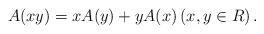
LaTeX: \begin{align*} A(xy)=xA(y)+yA(x) \left(x, y\in R\right).\end{align*}